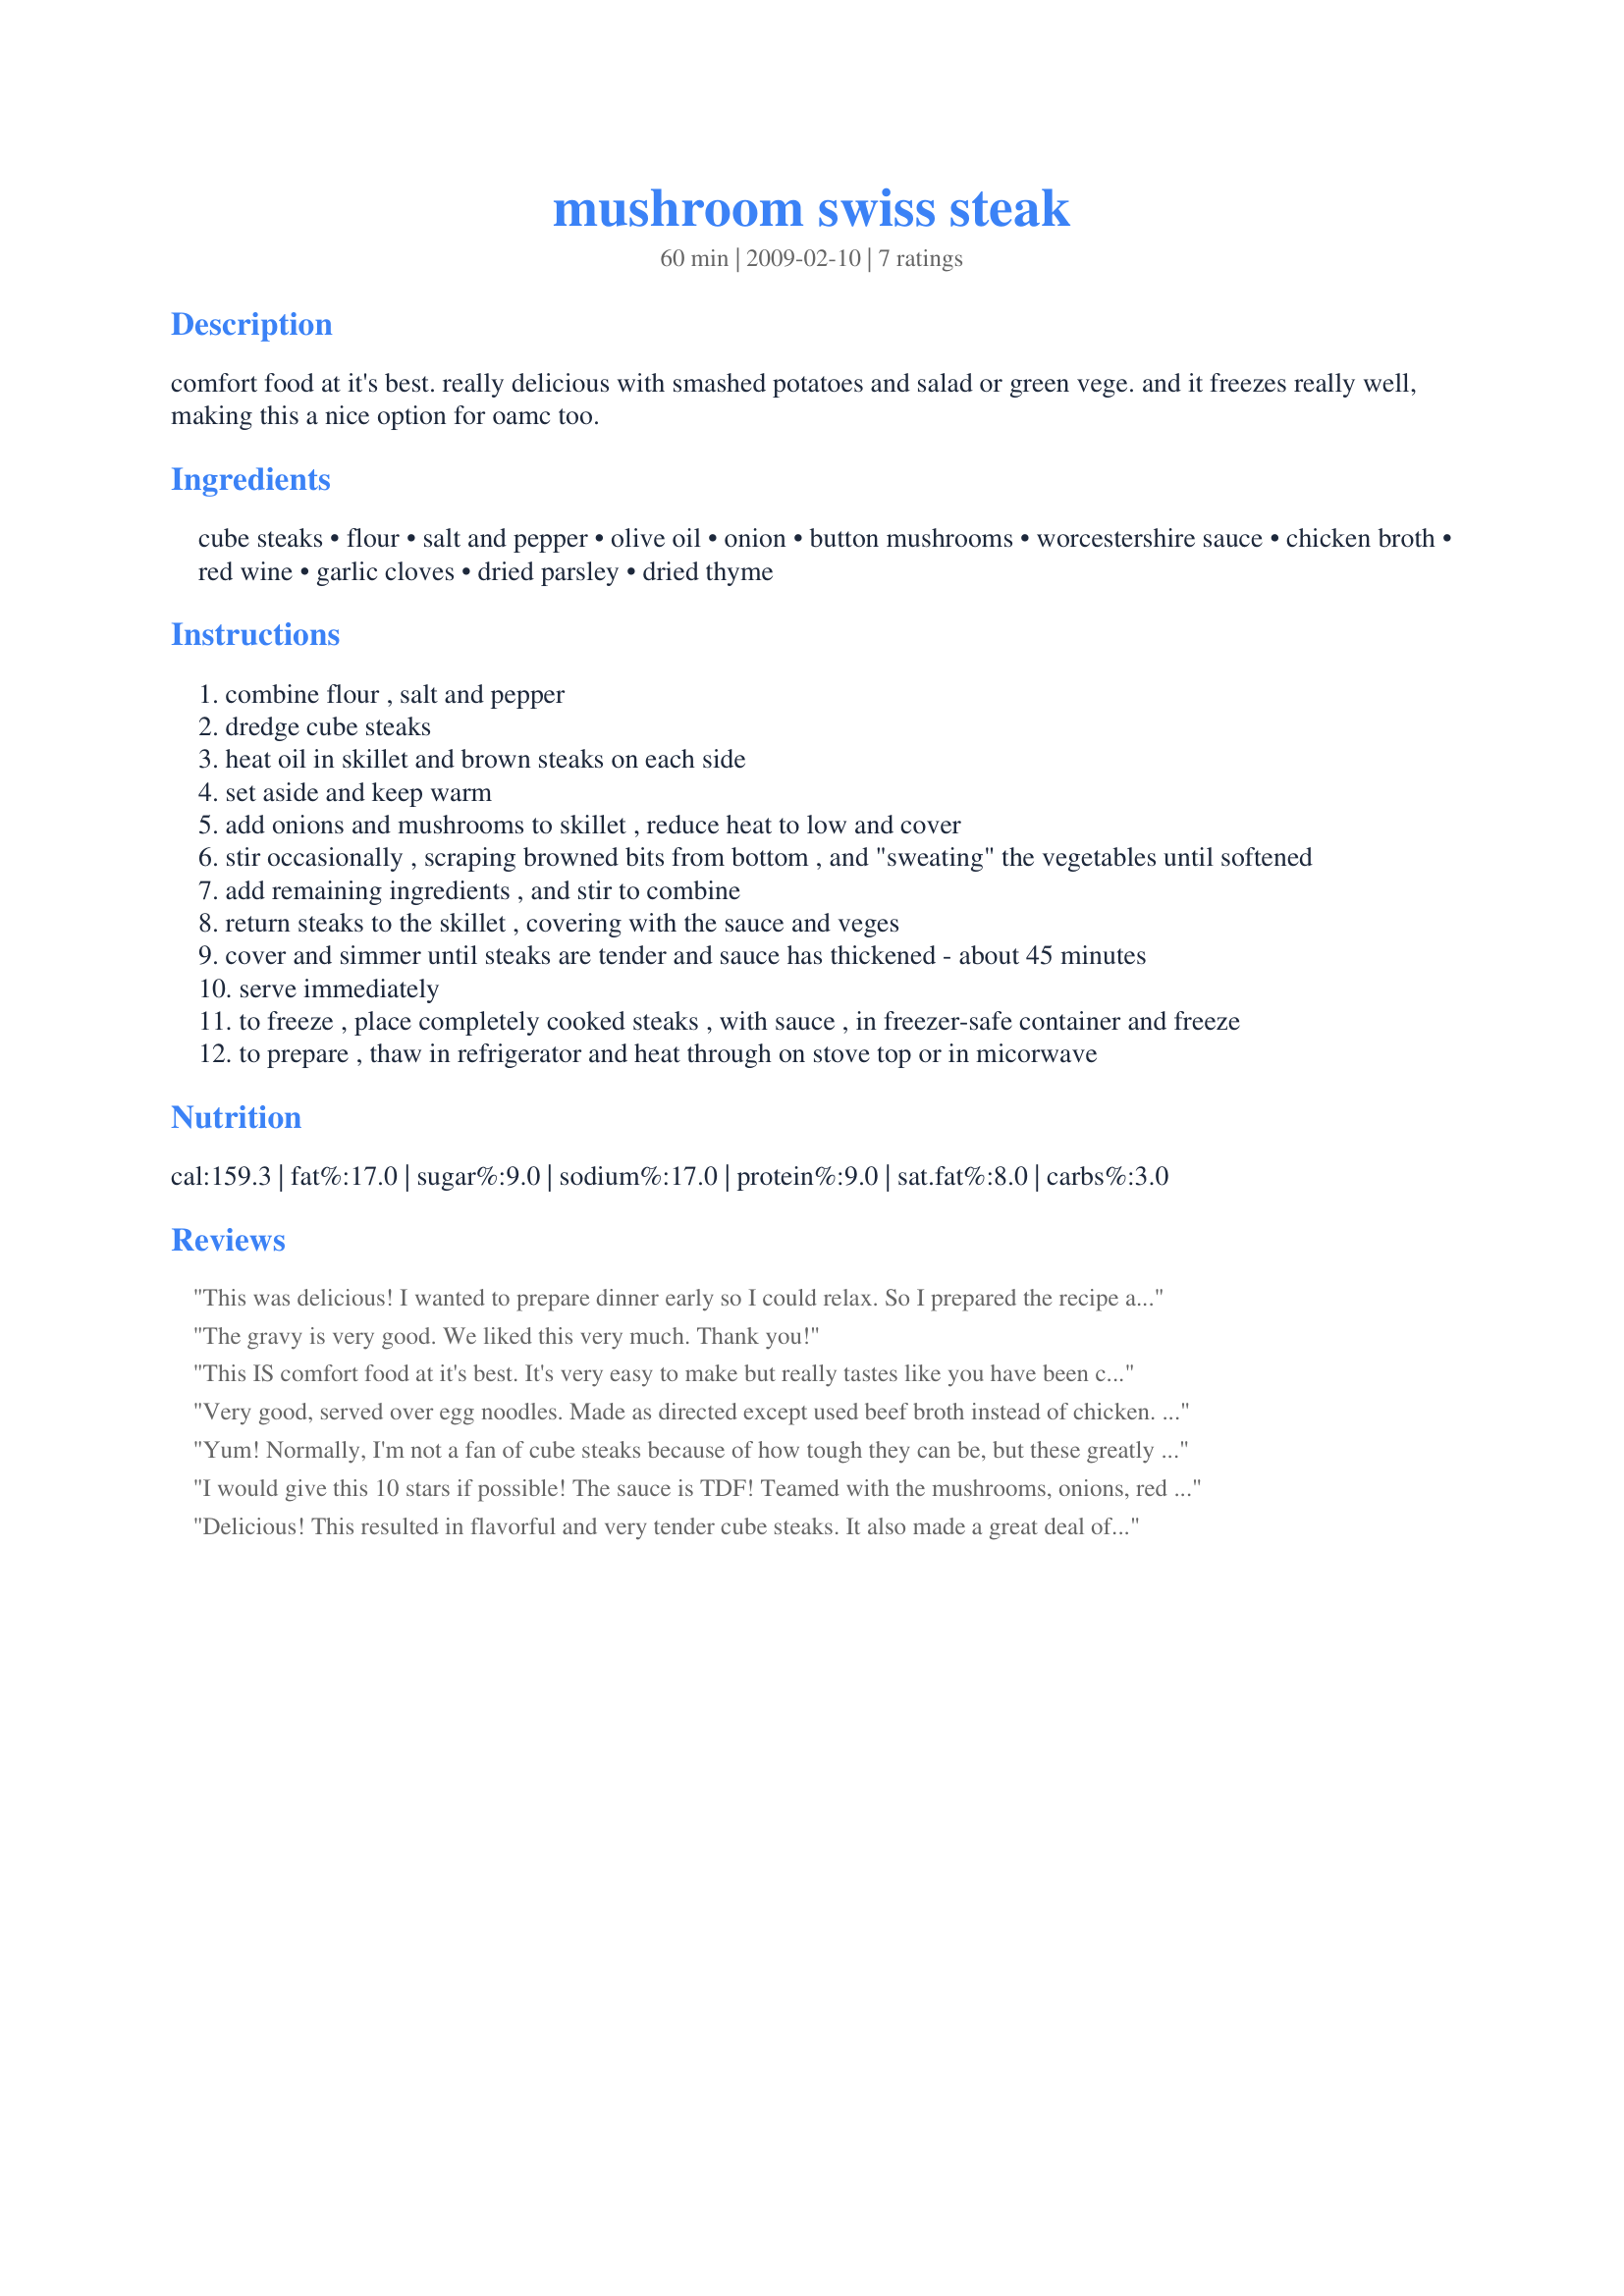
mushroom swiss steak
Preparation time: 60 minutes

comfort food at it's best. really delicious with smashed potatoes and salad or green vege. and it freezes really well, making this a nice option for oamc too.

Ingredients:
cube steaks, flour, salt and pepper, olive oil, onion, button mushrooms, worcestershire sauce, chicken broth, red wine, garlic cloves, dried parsley, dried thyme

Steps:
combine flour , salt and pepper
dredge cube steaks
heat oil in skillet and brown steaks on each side
set aside and keep warm
add onions and mushrooms to skillet , reduce heat to low and cover
stir occasionally , scraping browned bits from bottom , and "sweating" the vegetables until softened
add remaining ingredients , and stir to combine
return steaks to the skillet , covering with the sauce and veges
cover and simmer until steaks are tender and sauce has thickened - about 45 minutes
serve immediately
to freeze , place completely cooked steaks , with sauce , in freezer-safe container and freeze
to prepare , thaw in refrigerator and heat through on stove top or in micorwave

Reviews:
This was delicious! I wanted to prepare dinner early so I could relax. So I prepared the recipe as stated but instead of simmering it on the stove top, I put it in my cast iron dutch oven and put it in the oven at 325 degrees for about 2.5 hours - I did add a little extra broth (I used beef) since I was cooking it so long but other than that I followed the recipe. I served ours over homemade egg noodles. This one goes in my keep file.
The gravy is very good. We liked this very much. Thank you!
This IS comfort food at it's best. It's very easy to make but really tastes like you have been cooking all day. I made as posted including the red wine which I think really gives it great flavor. Thank you for posting!
Very good, served over egg noodles. Made as directed except used beef broth instead of chicken. I also used a full 8oz package of mushrooms. This was easy and cheap to boot!! Thanks for posting.
Yum! Normally, I'm not a fan of cube steaks because of how tough they can be, but these greatly exceeded my expectations. Simmering for a long time made them very tender, and the gravy was excellent. Thanks for a keeper!
I would give this 10 stars if possible!
The sauce is TDF! Teamed with the mushrooms, onions, red wine and garlic?--Awesome. After 35 minutes, it was tender and the sauce was thickened enough. Served over mashed potatoes (as suggested) with sauteed broccoli and fresh spinach. Made for the Herb of the Month: Thyme in French Forum.
Delicious! This resulted in flavorful and very tender cube steaks. It also made a great deal of wonderful "gravy". I served it with brown rice and am already planning to make it again soon to try with egg noodles or mashed potatoes. I'll be putting some in the freezer at your suggestion because this was a family pleaser and would be great to have stashed away for a delicious, weeknight feast! Thanks dianegrapegrower.
